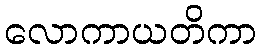
လောကာယတိကာ